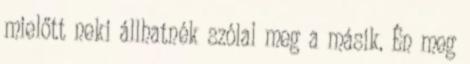
mielőtt neki állhatnék szólal meg a másik. Én meg